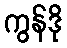
ကွန်ဒို